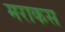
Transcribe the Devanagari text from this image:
मराकस